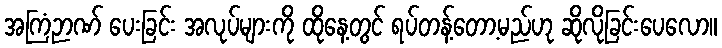
အကြံဉာဏ် ပေးခြင်း အလုပ်များကို ထိုနေ့တွင် ရပ်တန့်တော့မည်ဟု ဆိုလိုခြင်းပေလော။